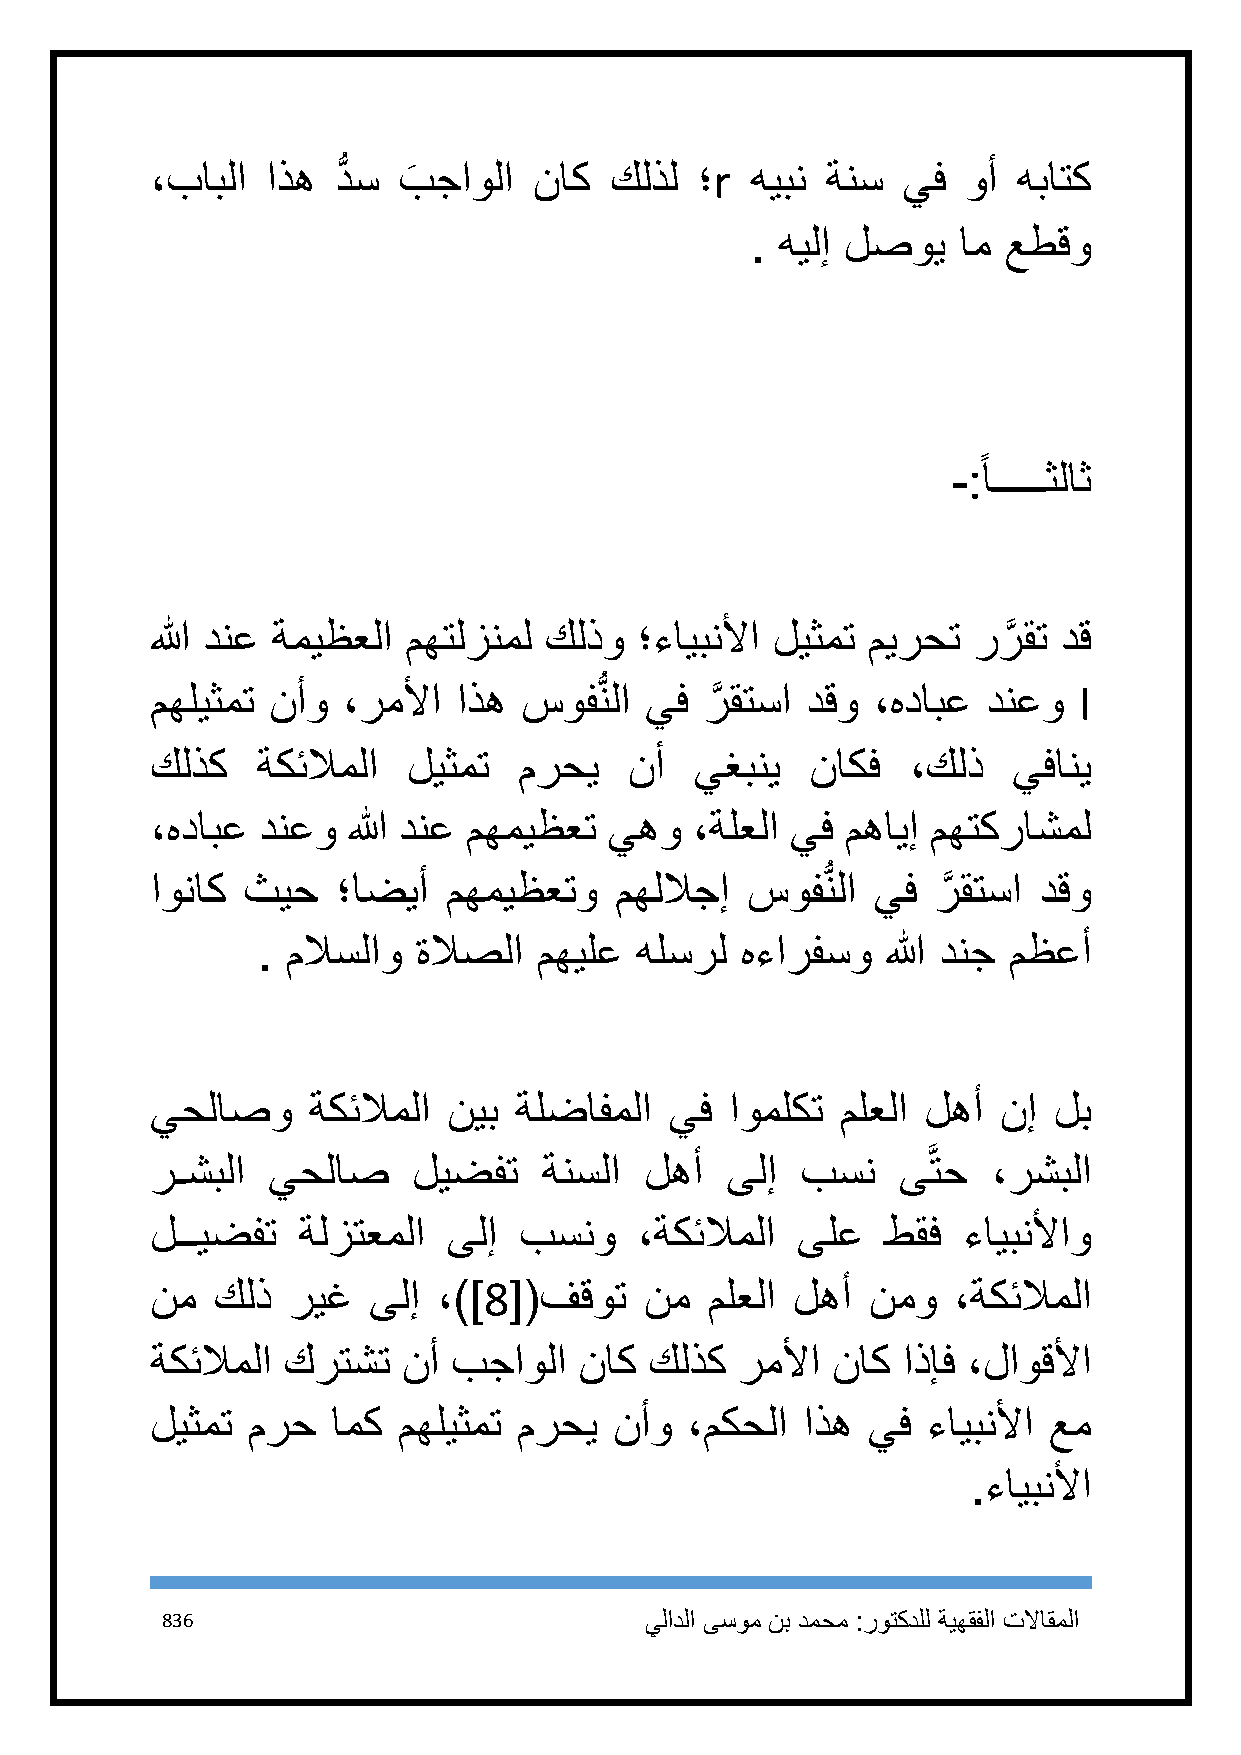
،بابلا  اذه دُّ س بَ جاولا ناك كلذل ؛r  هيبن ةنس  يف  وأ هباتك
 . هيلإ لصوي  ام عطقو
 ً
 -: اـــــثلاث
 الله دنع ةميظعلا مهتلزنمل كلذو  ؛ءايبنلأا ليثمت ميرحت ررَّ قت دق
 مهليثمت نأو  ،رملأا اذه  سوفُّنلا يف رَّ قتسا دقو ،هدابع دنعو I
 كلذك   ةكئلاملا  ليثمت  مرحي    نأ  يغبني   ناكف  ،كلذ   يفاني
 ،هدابع دنعو  الله دنع مهميظعت يهو   ،ةلعلا يف مهايإ مهتكراشمل
 اوناك ثيح   ؛اضيأ   مهميظعتو   مهللاجإ سوفُّنلا يف  رَّ قتسا دقو
 . ملاسلاو  ةلاصلا  مهيلع هلسرل  هءارفسو   الله دنج مظعأ
 يحلاصو    ةكئلاملا  نيب ةلضافملا  يف  اوملكت  ملعلا لهأ نإ  لب
 رـشبلا  يحلاص    ليضفت    ةنسلا  لهأ  ىلإ  بسن   ىَّتح  ،رشبلا
 لــيضفت   ةلزتعملا  ىلإ بسنو    ،ةكئلاملا  ىلع   طقف  ءايبنلأاو
 نم  كلذ  ريغ  ىلإ  ،)]8[(فقوت    نم  ملعلا لهأ نمو   ،ةكئلاملا
 ةكئلاملا كرتشت   نأ بجاولا  ناك  كلذك  رملأا ناك  اذإف ،لاوقلأا
 ليثمت مرح   امك مهليثمت مرحي   نأو ،مكحلا  اذه يف  ءايبنلأا عم
 .ءايبنلأا
 836                             يلادلا ىسوم نب دمحم :روتكدلل ةيهقفلا تلااقملا